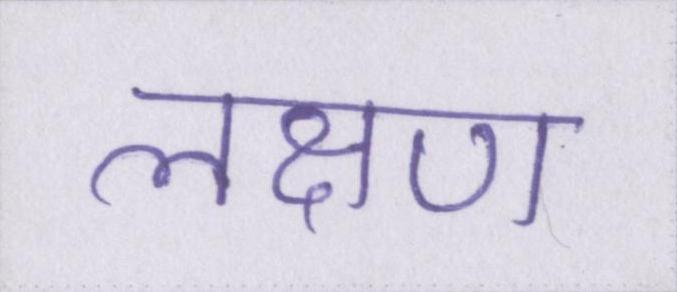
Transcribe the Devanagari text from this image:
लक्षण